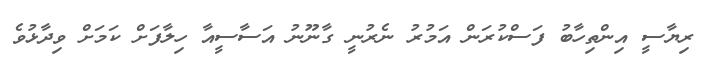
ރިޔާސީ އިންތިހާބު ފަސްކުރަން އަމުރު ނެރުނީ ގާނޫނު އަސާސީއާ ހިލާފަށް ކަމަށް ވިދާޅުވެ